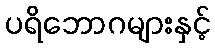
ပရိဘောဂများနှင့်